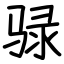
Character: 𫘧